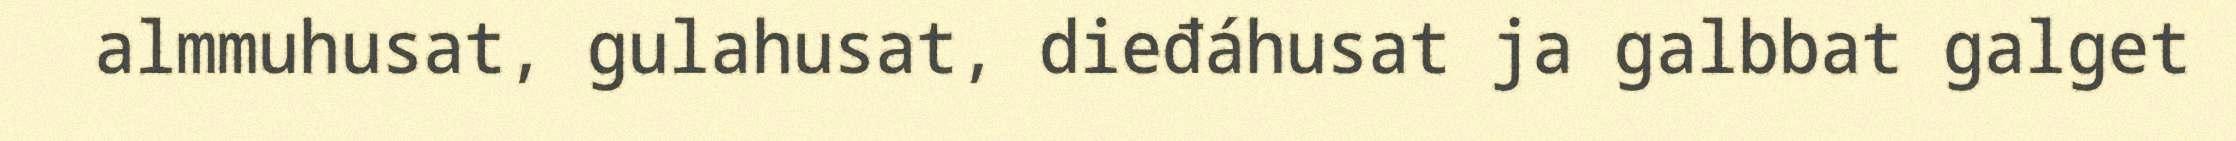
almmuhusat, gulahusat, dieđáhusat ja galbbat galget